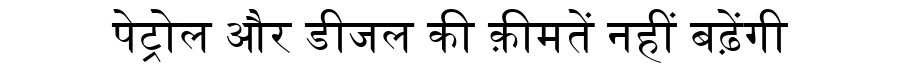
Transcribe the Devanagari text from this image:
पेट्रोल और डीजल की क़ीमतें नहीं बढ़ेंगी